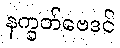
နက္ခတ်ဗေဒင်